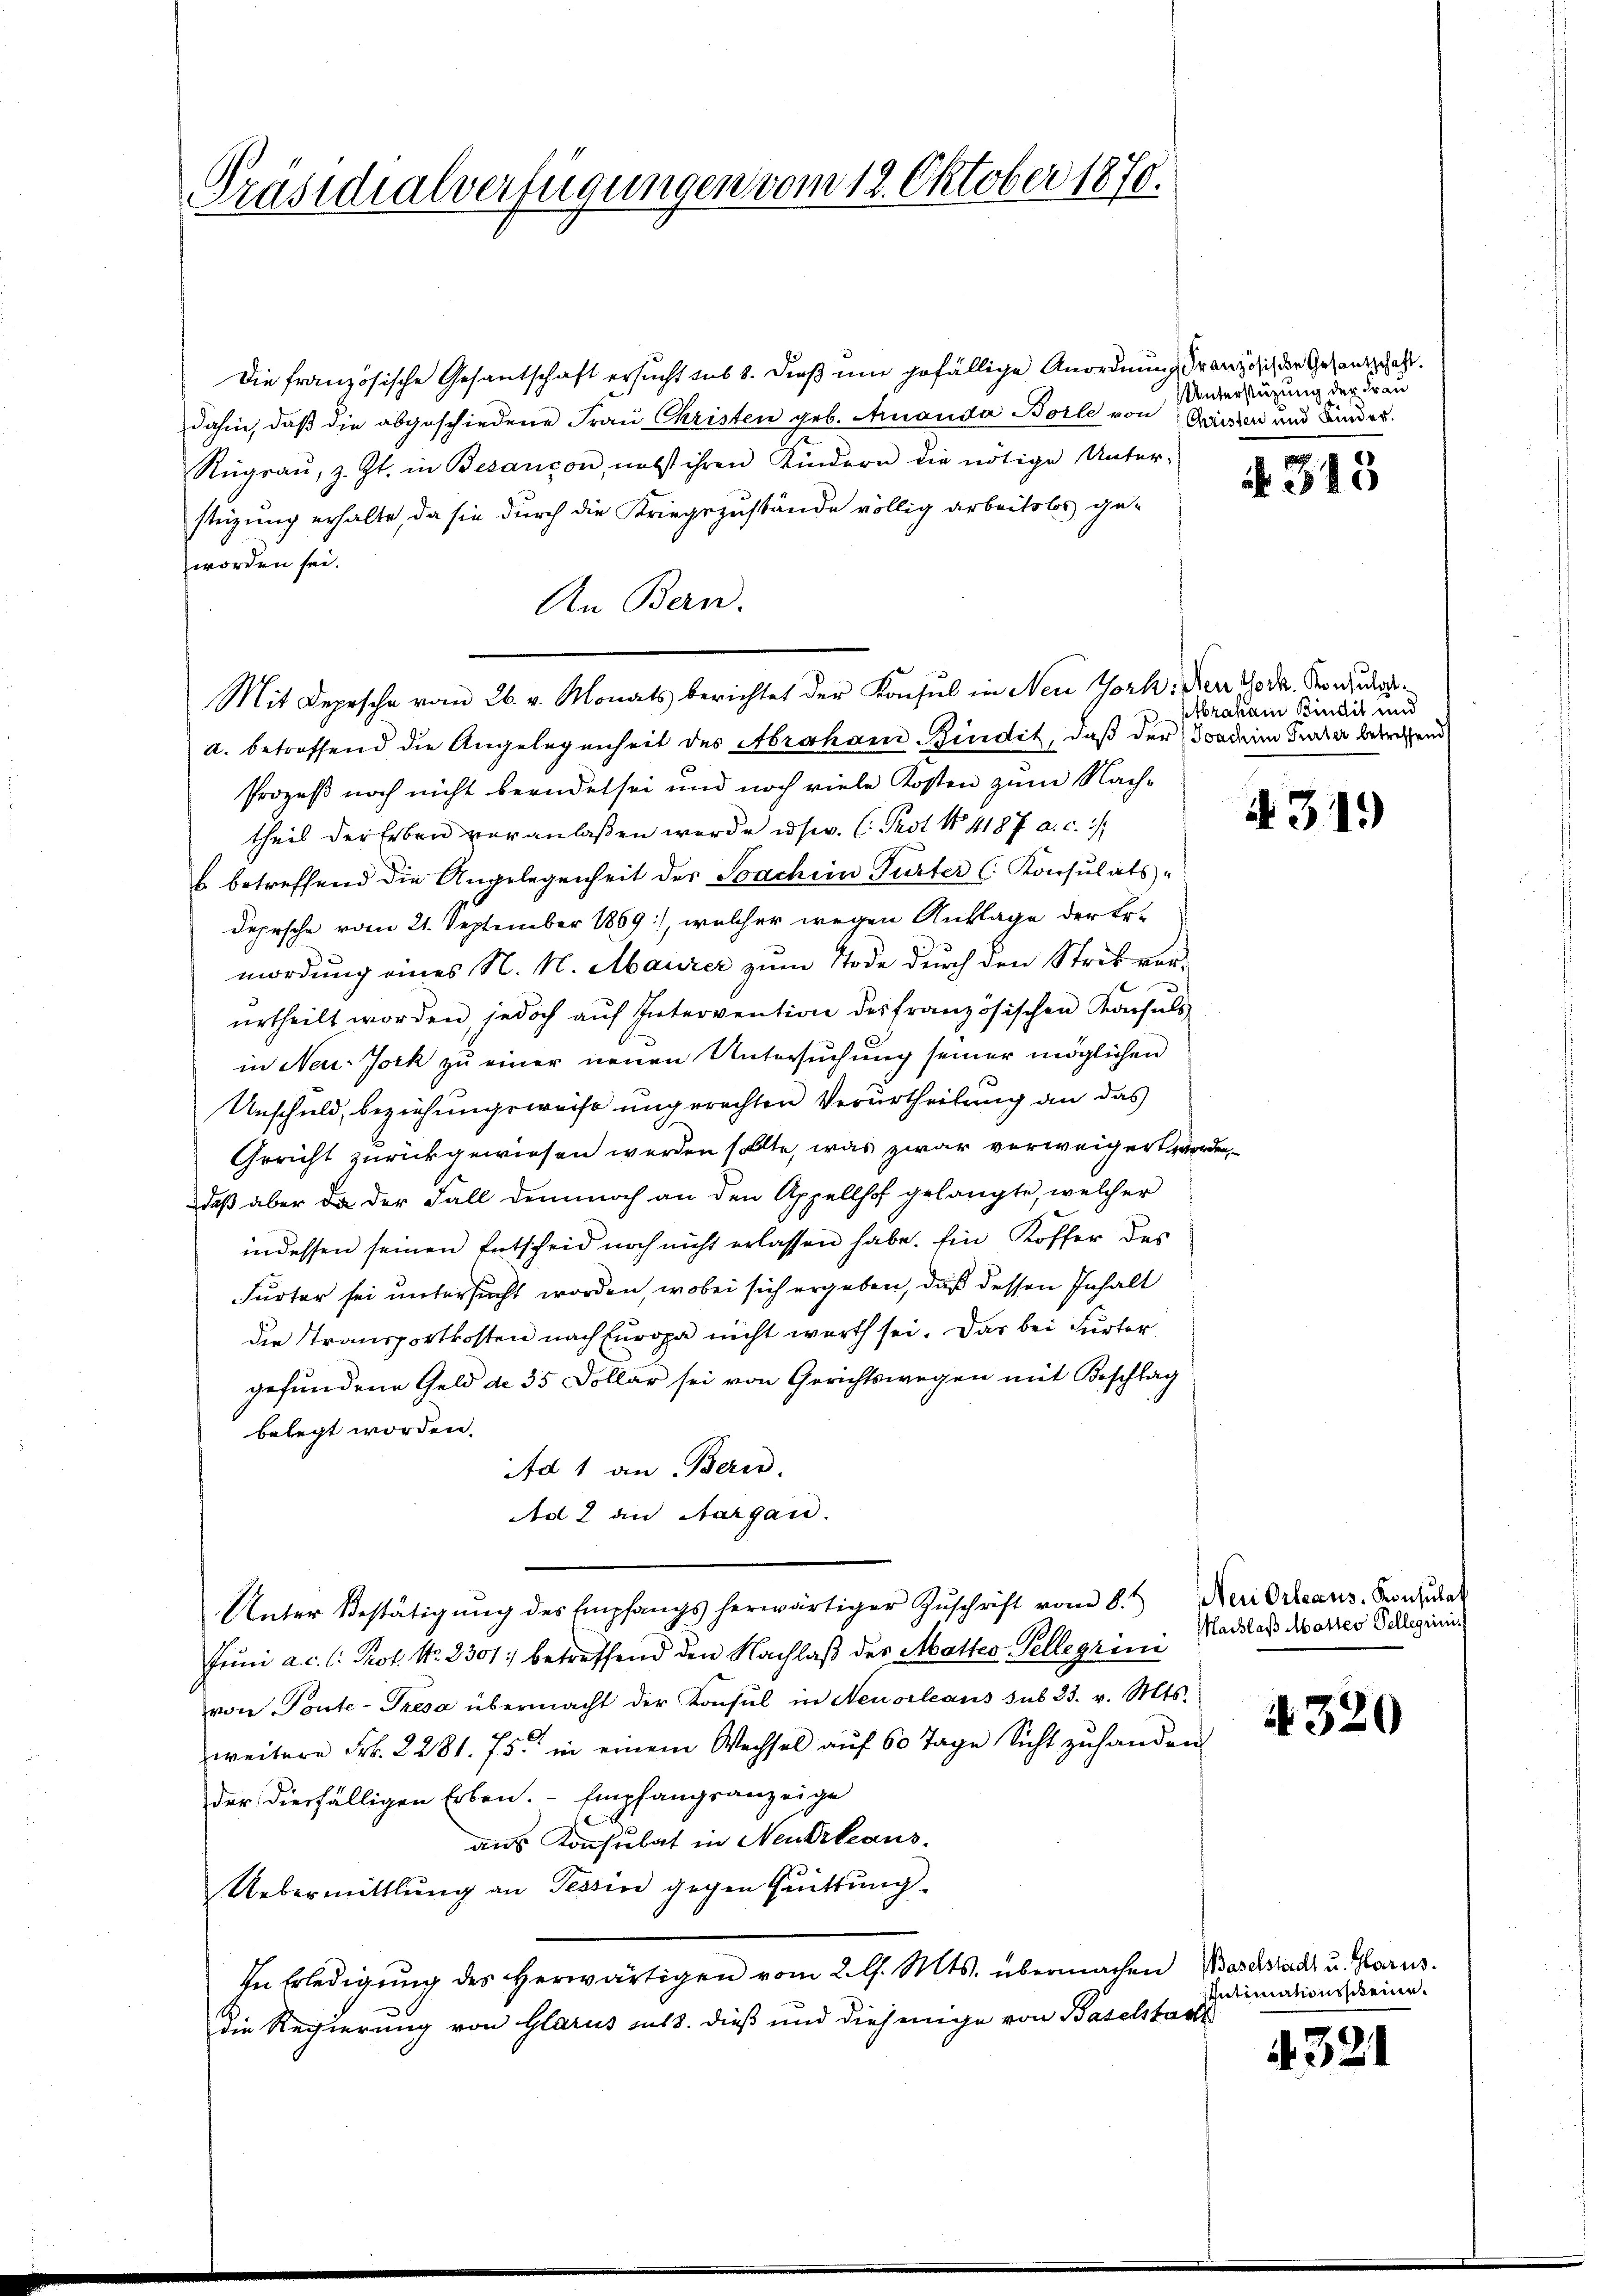
Präsidialverfügungen vom 12. Oktober 1870.

Die französische Gesantschaft ersucht sub 8. dieß um gefällige Anordnung Französich der Gesandschaft.
dahin, daß die abgeschiedene Frau Christen geb. Amanda Bolle von Geisten und Kinder
Rügraŭ, z. Zt. in Besançon, nebst ihren Kindern die nötige Unter-
stüzung erhalte, da sie durch die Kriegszustände völlig arbeitslos geworden sei.
An Bern.
a. betroffend die Angelegenheit des Abraham Bindit, daß der Sondem Grazer betretende
Prozeß noch nicht beendet sei und noch viele Kosten zum Nachtheil der Erben veranlaßen werde u. sr. (: Prot No 4187 a. c.
sbetreffend die Angelegenheit des Sachein Turter (Konsulats-
Depesche vom 21. September 1869), welcher wegen Anklage der Er-
mordung eines N. N. Maurer zum Tode durch den Strikverŭrtheilt worden jedoch aŭf Intervention des französischen Konsuls
in Neu-Jork zu einer neuen Untersuchung seiner möglichen
Unschuld, beziehungsweise ungerechten Verurtheilung an das
Gericht zurückgewiesen werden sollte, was zwar verweigert worden,
daß aber da der Fall demnoch an den Appellhof gelangte, welcher
indessen seinen Entscheid noch nicht erlassen habe. Ein Koffer des
Furter sei untersucht worden, wobei sich ergeben, daß dessen Inhalt
die Transportkosten nach Europa nicht werth sei. Das bei Furter
gefundene Geld de 35 Dollar sei von Gerichtswegen mit Beschlag
belegt worden.
Ad 1 an Bern.
Ad 2 an Sargau.
Unter Bestätigŭng des Empfangs herwärtiger Zŭschrift vom 8. Der Orleans. Konsulat
Juni a. c. l. Prof. No. 2301 betreffend den Nachlaß des Mattes Telle grimi
von Ponte-Tresa übermacht der Konsul in Neuorleans sub 23. v. Mts.
weitere Frk. 2281. 75. in einem Wechsel aŭf 60 Tage Sicht zŭ handen.
der diesfälligen Erben. - Empfangsanzeige
aus Konsulat in Neuerbeans
Uebermittlung an Tessine gegen Quittung
In Erledigung des herwärtigen vom 2. l. Mts. übermachen Basclstadt u. Glarus.
die Regierung von Glarus muss. dieß und diejenige von Baselstadt

Mit Depesche vom 26. v. Monats berichtet der Konsul in Neu York, Narr 10 da. Der wur

Unterstützung der Frau

313

ptbraham Bindis und

A 31.

Maiblaß Matter Pellerini

320

Intimationsscheine.

4321